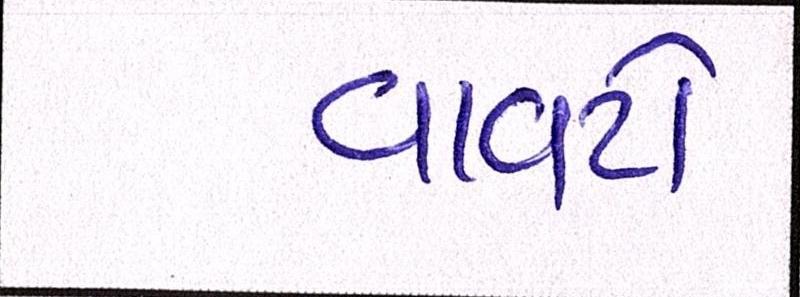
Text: વાવટો